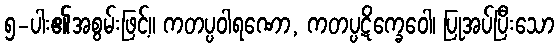
၅-ပါး၏အစွမ်းဖြင့်။ ကတပ္ပဝါရဏော, ကတပ္ပဋိက္ခေဝေါ၊ ပြုအပ်ပြီးသော